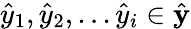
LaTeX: \hat{y}_{1},\hat{y}_{2},...\hat{y}_{i}\in\hat{\textbf{y}}